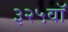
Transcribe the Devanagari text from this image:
३२५वॉ